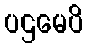
ပဌမေပိ